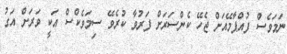
ނަމަވެސް ފުއްޕާމޭއަށް ޖެހޭ ކެންސަރަށް ފަރުވާ ކުރެވޭ ސިމަވެކްސް އަކީ ވަރަށް އަގު